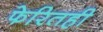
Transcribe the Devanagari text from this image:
फेरितही